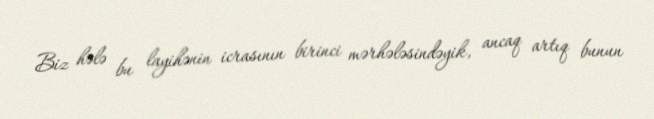
Biz hələ bu layihənin icrasının birinci mərhələsindəyik, ancaq artıq bunun